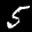
Label: 5